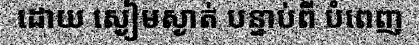
ដោយ ស្ងៀមស្ងាត់ បន្ទាប់ពី បំពេញ